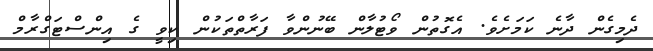
ދެމިގެން ދާނެ ކަމަށެވެ. އެގޮތުން ވޯޓުލާން ބޭނުންވާ ފަރާތްތަކުން ކިވީ ގެ އިންސްޓަގްރާމް